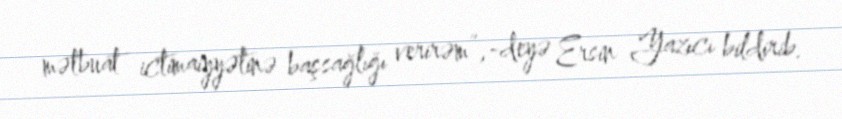
mətbuat ictimaiyyətinə başsağlığı verirəm”,-deyə Ersin Yazıcı bildirib.